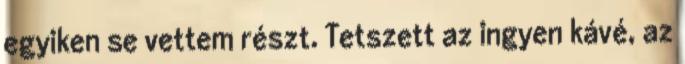
egyiken se vettem részt. Tetszett az ingyen kávé, az